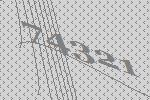
74321